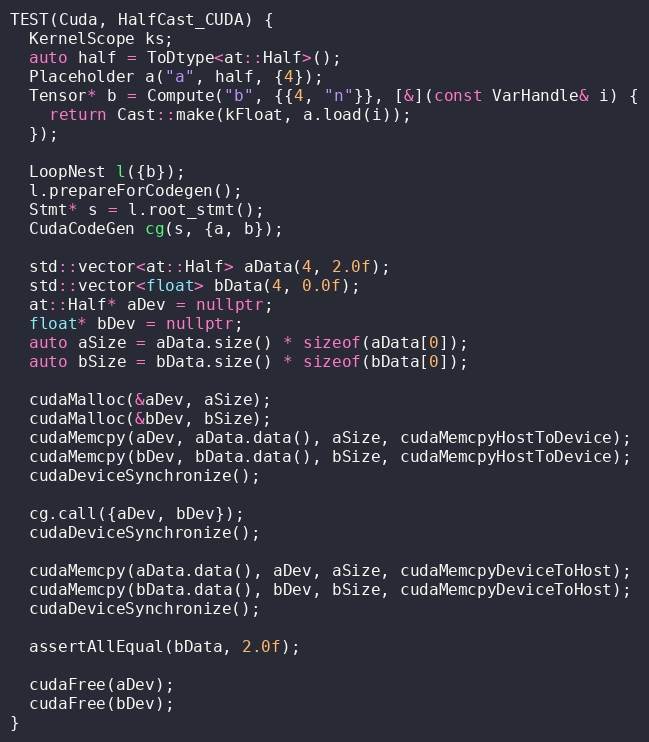
Language: C++
TEST(Cuda, HalfCast_CUDA) {
  KernelScope ks;
  auto half = ToDtype<at::Half>();
  Placeholder a("a", half, {4});
  Tensor* b = Compute("b", {{4, "n"}}, [&](const VarHandle& i) {
    return Cast::make(kFloat, a.load(i));
  });

  LoopNest l({b});
  l.prepareForCodegen();
  Stmt* s = l.root_stmt();
  CudaCodeGen cg(s, {a, b});

  std::vector<at::Half> aData(4, 2.0f);
  std::vector<float> bData(4, 0.0f);
  at::Half* aDev = nullptr;
  float* bDev = nullptr;
  auto aSize = aData.size() * sizeof(aData[0]);
  auto bSize = bData.size() * sizeof(bData[0]);

  cudaMalloc(&aDev, aSize);
  cudaMalloc(&bDev, bSize);
  cudaMemcpy(aDev, aData.data(), aSize, cudaMemcpyHostToDevice);
  cudaMemcpy(bDev, bData.data(), bSize, cudaMemcpyHostToDevice);
  cudaDeviceSynchronize();

  cg.call({aDev, bDev});
  cudaDeviceSynchronize();

  cudaMemcpy(aData.data(), aDev, aSize, cudaMemcpyDeviceToHost);
  cudaMemcpy(bData.data(), bDev, bSize, cudaMemcpyDeviceToHost);
  cudaDeviceSynchronize();

  assertAllEqual(bData, 2.0f);

  cudaFree(aDev);
  cudaFree(bDev);
}